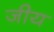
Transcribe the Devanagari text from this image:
जीय